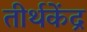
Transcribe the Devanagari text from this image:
तीर्थकेंद्र